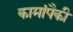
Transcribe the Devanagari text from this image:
कामांपैकी